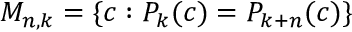
M _ { n , k } = \{ c : P _ { k } ( c ) = P _ { k + n } ( c ) \}